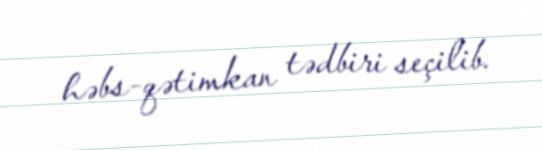
həbs-qətimkan tədbiri seçilib.